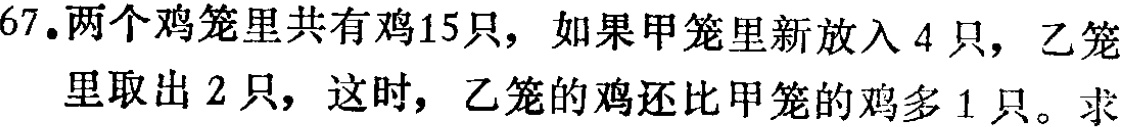
67.两个鸡笼里共有鸡15只，如果甲笼里新放入4只，乙笼里取出2只，这时，乙笼的鸡还比甲笼的鸡多1只。求